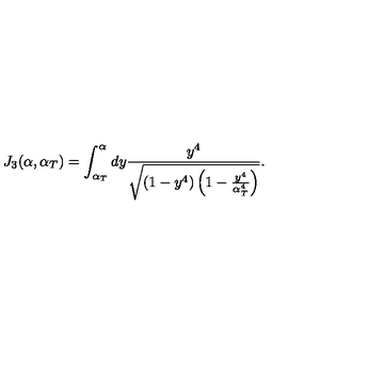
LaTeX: J _ { 3 } ( \alpha , \alpha _ { T } ) = \int _ { \alpha _ { T } } ^ { \alpha } d y \frac { y ^ { 4 } } { \sqrt { ( 1 - y ^ { 4 } ) \left( 1 - \frac { y ^ { 4 } } { \alpha _ { T } ^ { 4 } } \right) } } .